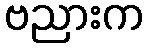
ဗညားက